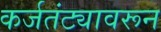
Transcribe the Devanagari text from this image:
कर्जतंट्यावरून